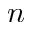
n